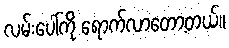
လမ်းပေါ်ကို ရောက်လာတော့တယ်။